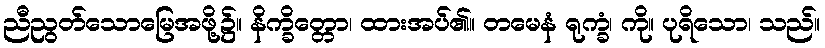
ညီညွတ်သောမြေအဖို့၌။ နိက္ခိတ္တော၊ ထားအပ်၏။ တမေနံ ရုက္ခံ၊ ကို။ ပုရိသော၊ သည်။